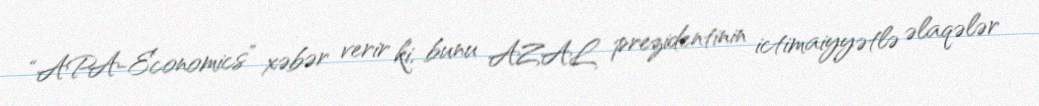
“APA-Economics” xəbər verir ki, bunu AZAL prezidentinin ictimaiyyətlə əlaqələr